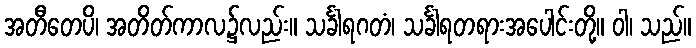
အတီတေပိ၊ အတိတ်ကာလ၌လည်း။ သင်္ခါရဂတံ၊ သင်္ခါရတရားအပေါင်းတို့။ ဝါ၊ သည်။